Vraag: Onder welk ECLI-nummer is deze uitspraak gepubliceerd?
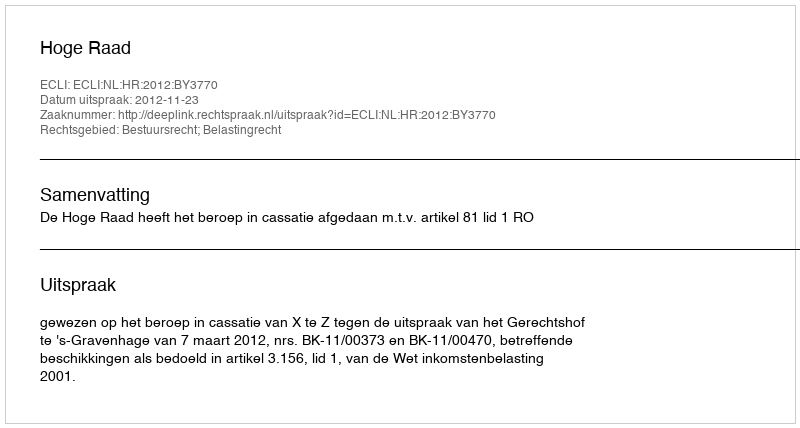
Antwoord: ECLI:NL:HR:2012:BY3770